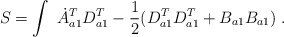
\begin{align*}S = \int \ \dot{A}^T_{a1}D^T_{a1} - \frac{1}{2}(D^T_{a1}D^T_{a1} + B_{a1}B_{a1}) \ .\end{align*}